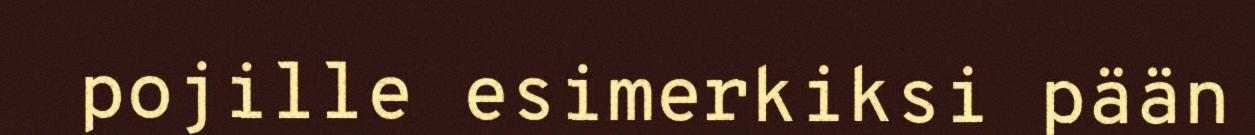
pojille esimerkiksi pään